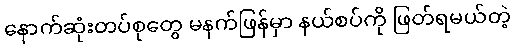
နောက်ဆုံးတပ်စုတွေ မနက်ဖြန်မှာ နယ်စပ်ကို ဖြတ်ရမယ်တဲ့